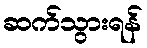
ဆက်သွားရန်